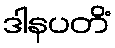
ဒါနပတိံ